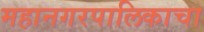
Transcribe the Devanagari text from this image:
महानगरपालिकाचा